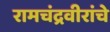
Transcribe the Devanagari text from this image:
रामचंद्रवीरांचे